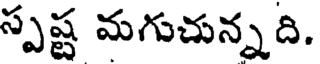
స్పష్ట మగుచున్నది.